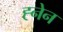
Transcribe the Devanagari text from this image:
ह्नेन